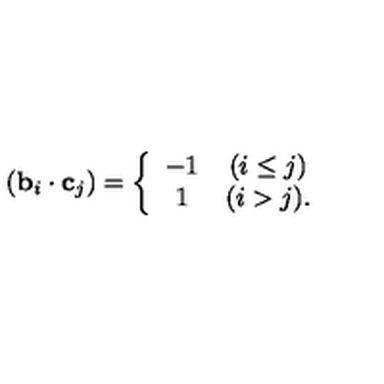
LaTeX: ( { \bf b } _ { i } \cdot { \bf c } _ { j } ) = \left\{ \begin{array} { c c } { - 1 } & { ( i \leq j ) } \\ { 1 } & { ( i > j ) . } \\ \end{array} \right.